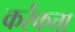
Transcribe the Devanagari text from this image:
कर्रकत्ता